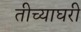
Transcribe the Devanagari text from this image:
तीच्याघरी